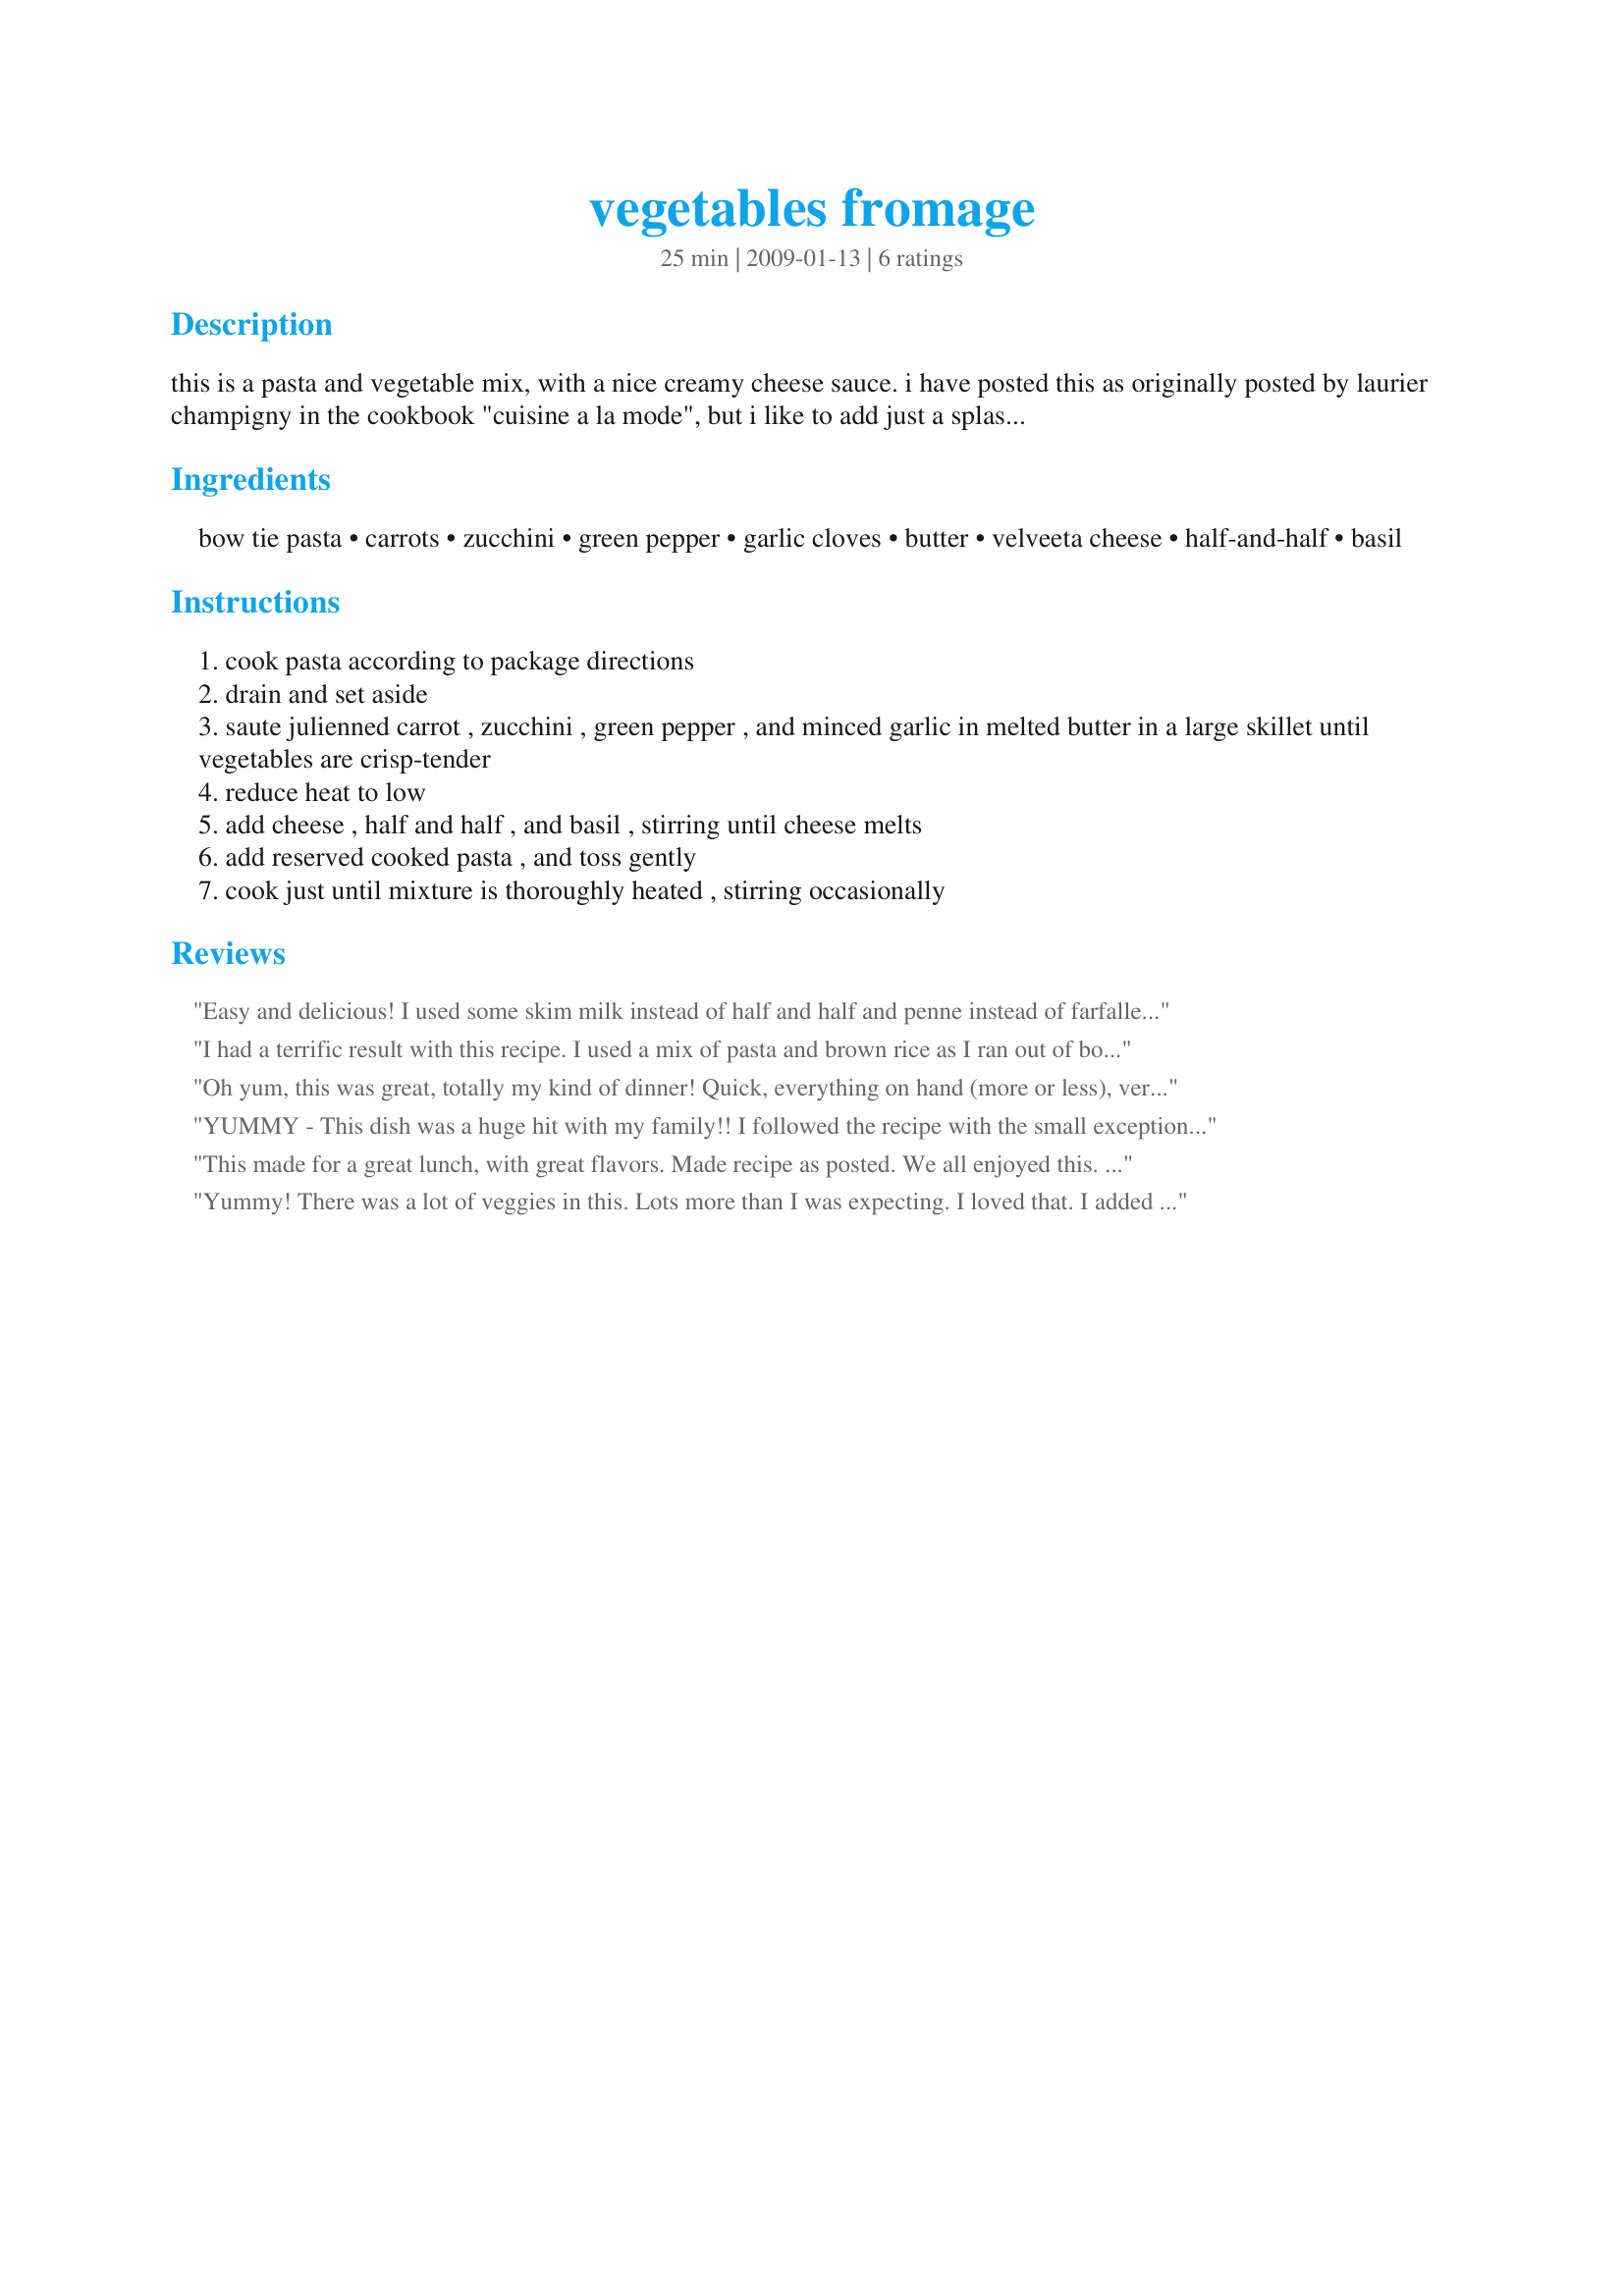
vegetables fromage
Preparation time: 25 minutes

this is a pasta and vegetable mix, with a nice creamy cheese sauce. i have posted this as originally posted by laurier champigny in the cookbook "cuisine a la mode", but i like to add just a splash of white wine to the mix at the end.

Ingredients:
bow tie pasta, carrots, zucchini, green pepper, garlic cloves, butter, velveeta cheese, half-and-half, basil

Steps:
cook pasta according to package directions
drain and set aside
saute julienned carrot , zucchini , green pepper , and minced garlic in melted butter in a large skillet until vegetables are crisp-tender
reduce heat to low
add cheese , half and half , and basil , stirring until cheese melts
add reserved cooked pasta , and toss gently
cook just until mixture is thoroughly heated , stirring occasionally

Reviews:
Easy and delicious! I used some skim milk instead of half and half and penne instead of farfalle, as I couldn't find any multigrain farfalle in my grocery. This was very enjoyable! Thanks for sharing!
I had a terrific result with this recipe. I used a mix of pasta and brown rice as I ran out of bow ties. I also had to use bocconcini cheese as we do not get Velveeta in Australia - it worked well and was creamy and very tasty. Made for Holiday Tag.
Oh yum, this was great, totally my kind of dinner! Quick, everything on hand (more or less), very easy comfort food and tasted delicious! I did use rigatoni, not having farfalle, and I added the wine ;) Really enjoyed this and am having the leftovers for lunch, what a great pleasure :) Thank you breezermom, made and enjoyed for YUKU For Your Consideration
YUMMY - This dish was a huge hit with my family!! I followed the recipe with the small exception of omitting the green pepper (just don't like it and did not have a red pepper) and to make up for that omission just used one extra carrot. This came together quickly and without one little problem. Creamy and perfectly cheesy ~~ absolutely excellent! Definitely a dish I'll be making more often!! Thanks for sharing your gem of a recipe in Potluck Tag!
This made for a great lunch, with great flavors. Made recipe as posted. We all enjoyed this. Made for 1-2-3 hits.
Yummy! There was a lot of veggies in this. Lots more than I was expecting. I loved that. I added some sliced onion, some mushrooms that I wanted to use up and, a little more cheese and some crushed red pepper to kick it up a little. Thanks for posting this really flexible recipe.
